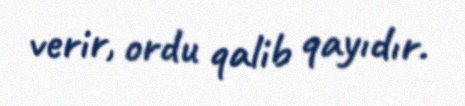
verir, ordu qalib qayıdır.